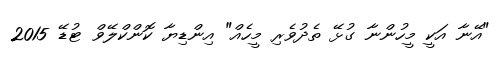
"އޭނާ އަކީ މީހުންނާ ގުޅޭ ތެދުވެރި މީހެއް" އިންޑިޔާ ކޮންކްލޭވް ޓުޑޭ 2015